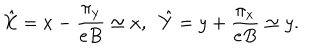
\hat { X } = x - \frac { \pi _ { y } } { e B } \simeq x , \; \; \hat { Y } = y + \frac { \pi _ { x } } { e B } \simeq y .